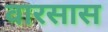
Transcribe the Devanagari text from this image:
वारसास